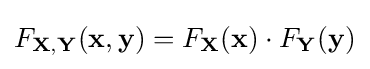
F_{\mathbf {X,Y} }(\mathbf {x,y} )=F_{\mathbf {X} }(\mathbf {x} )\cdot F_{\mathbf {Y} }(\mathbf {y} )